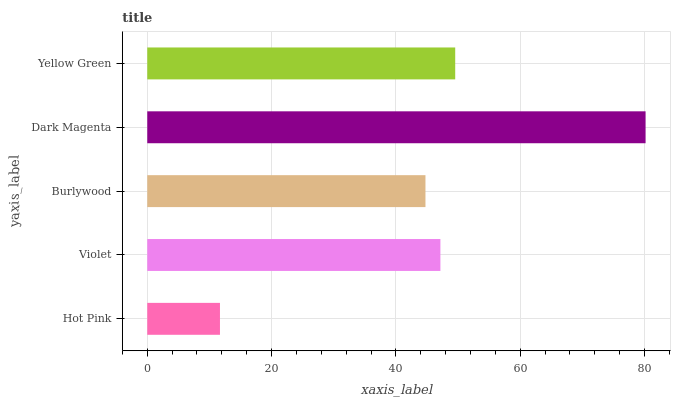
| yaxis_label | bars |
 | --- | --- |
 | Hot Pink | 11.7 |
 | Violet | 47.2 |
 | Burlywood | 44.8 |
 | Dark Magenta | 80.2 |
 | Yellow Green | 49.5 |